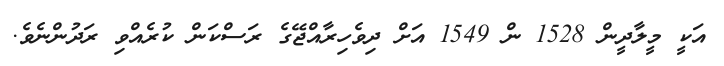
އަކީ މީލާދީން 1528 ން 1549 އަށް ދިވެހިރާއްޖޭގެ ރަސްކަން ކުރެއްވި ރަދުންނެވެ.